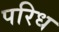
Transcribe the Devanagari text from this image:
परिध